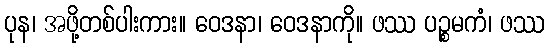
ပုန၊ အဖို့တစ်ပါးကား။ ဝေဒနာ၊ ဝေဒနာကို။ ဖဿ ပဉ္စမကံ၊ ဖဿ